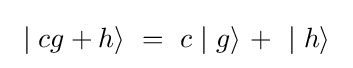
~\mid cg+h\rangle ~=~c\mid g\rangle ~+~\mid h\rangle ~